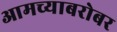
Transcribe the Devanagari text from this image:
आमच्याबरोबर